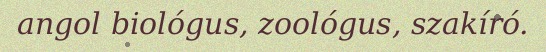
angol biológus, zoológus, szakíró.